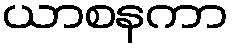
ယာစနကာ